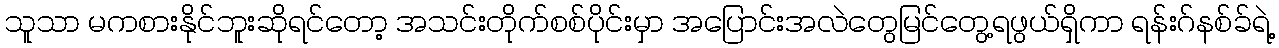
သူသာ မကစားနိုင်ဘူးဆိုရင်တော့ အသင်းတိုက်စစ်ပိုင်းမှာ အပြောင်းအလဲတွေမြင်တွေ့ရဖွယ်ရှိကာ ရန်းဂ်နစ်ခ်ရဲ့